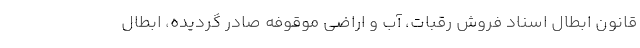
قانون ابطال اسناد فروش رقبات، آب و اراضی موقوفه صادر گردیده، ابطال